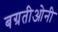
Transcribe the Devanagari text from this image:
बग्रतीओनी